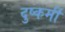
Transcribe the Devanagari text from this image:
दुष्कर्मी